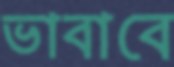
ভাবাবে